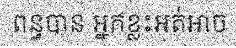
ពន្ធបាន អ្នកខ្លះអត់អាច